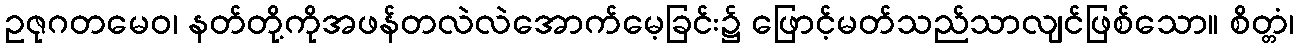
ဥဇုဂတမေဝ၊ နတ်တို့ကိုအဖန်တလဲလဲအောက်မေ့ခြင်း၌ ဖြောင့်မတ်သည်သာလျင်ဖြစ်သော။ စိတ္တံ၊